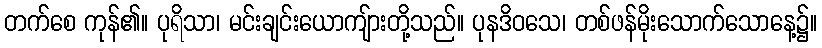
တက်စေ ကုန်၏။ ပုရိသာ၊ မင်းချင်းယောကျ်ားတို့သည်။ ပုနဒိဝသေ၊ တစ်ဖန်မိုးသောက်သောနေ့၌။